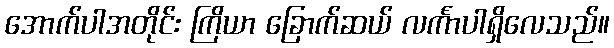
အောက်ပါအတိုင်း ကြိယာ ခြောက်ဆယ် လင်္ကာပါရှိလေသည်။